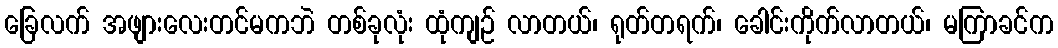
ခြေလက် အဖျားလေးတင်မကဘဲ တစ်ခုလုံး ထုံကျဉ် လာတယ်၊ ရုတ်တရက်၊ ခေါင်းကိုက်လာတယ်၊ မကြာခင်က